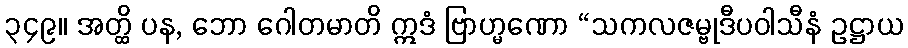
၃၄၉။ အတ္ထိ ပန, ဘော ဂေါတမာတိ ဣဒံ ဗြာဟ္မဏော “သကလဇမ္ဗုဒီပဝါသီနံ ဥဋ္ဌာယ